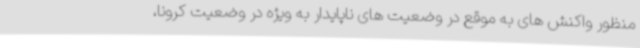
منظور واکنش های به موقع در وضعیت های ناپایدار به ویژه در وضعیت کرونا،